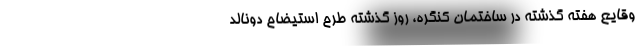
وقایع هفتهٔ گذشته در ساختمان کنگره، روز گذشته طرح استیضاح دونالد